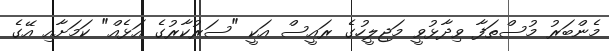
މެންބަރު މުސްތަފާ ވިދާޅުވީ މަޖިލީހުގެ ރައީސް އަކީ "ސަރުކާރުގެ އަޅެއް" ކަމަށާއި އޭގެ